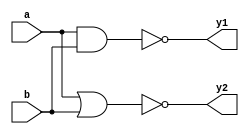
module nand_nor(
    input a,
    input b,
    output y1,
    output y2
    );
	 assign y1=~(a&b);
	 assign y2=~(a|b);

endmodule